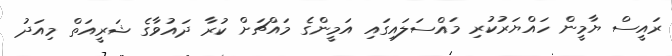
ރައީސް ޔާމީން ހައްޔަރުކުރި މައްސަލައިގައި އަމީންގެ މައްޗަށް ކުރާ ދައުވާގެ ޝަރީއަތް މިއަދު